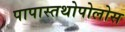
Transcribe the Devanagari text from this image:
पापास्तथोपोलोस